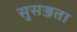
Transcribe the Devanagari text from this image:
सुसज्जता